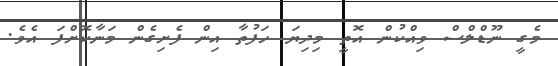
މެގީ ނޫޑްލްސް ވިއްކުން އޮތީ މިދިޔަ ހަފުތާ އިން ފެށިގެން މަނާކޮށްފަ އެވެ.